Annual vaccination report of Bihar and Orissa - 1911-1928
Year: 1911
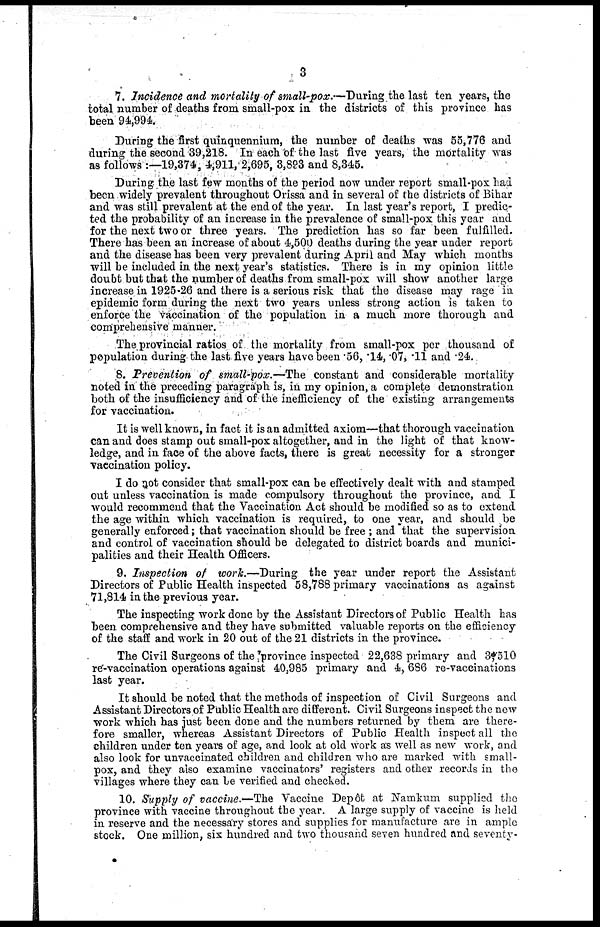
3
7. Incidence and mortality of small-pox.—During the last ten years, the
total number of deaths from small-pox in. the districts of this province has
been 94,994.
During the first quinquennium, the number of deaths was 55,776 and
during the second 39,218. In each of the last five years, the mortality was
as follows :—19,374, 4,911, 2,695, 3,893 and 8,345.
During the last few months of the period now under report small-pox had
been widely prevalent throughout Orissa and in several of the districts of Bihar
and was still prevalent at the end of the year. In last year's report, I predic-
ted the probability of an increase in the prevalence of small-pox this year and
for the next two or three years. The prediction has so far been fulfilled.
There has been an increase of about 4,500 deaths during the year under report
and the disease has been very prevalent during April and May which months
will be included in the next year's statistics. There is in my opinion little
doubt but that the number of deaths from small-pox will show another large
increase in 1925-26 and there is a serious risk that the disease may rage in
epidemic form during the next two years unless strong action is taken to
enforce the vaccination of the population in a much more thorough and
comprehensive manner.
The provincial ratios of the mortality from small-pox per thousand of
population during the last five years have been .56, .14, .07, .11 and .24.
8. Prevention of small-pox .—The constant and considerable mortality
noted in the preceding paragraph is, in my opinion, a complete demonstration
both of the insufficiency and of the inefficiency of the existing arrangements
for vaccination.
It is well known, in fact it is an admitted axiom—that thorough vaccination
can and does stamp out small-pox altogether, and in the light of that know-
ledge, and in face of the above facts, there is great necessity for a stronger
vaccination policy.
I do not consider that small-pox can be effectively dealt with and stamped
out unless vaccination is made compulsory throughout the province, and I
would recommend that the Vaccination Act should be modified so as to extend
the age within which vaccination is required, to one year, and should be
generally enforced; that vaccination should be free ; and that the supervision
and control of vaccination should be delegated to district boards and munici-
palities and their Health Officers.
9. Inspection of work.—During the year under report the Assistant
Directors of Public Health inspected 58,788 primary vaccinations as against
71,814 in the previous year.
The inspecting work done by the Assistant Directors of Public Health has
been comprehensive and they have submitted valuable reports on the efficiency
of the staff and work in 20 out of the 21 districts in the province.
The Civil Surgeons of the province inspected 22,638 primary and 3,510
re-vaccination operations against 40,985 primary and 4,686 re-vaccinations
last year.
It should be noted that the methods of inspection of Civil Surgeons and
Assistant Directors of Public Health are different. Civil Surgeons inspect the new
work which has just been done and the numbers returned by them are there-
fore smaller, whereas Assistant Directors of Public Health inspect all the
children under ten years of age, and look at old work as well as new work, and
also look for unvaccinated children and children who are marked with small-
pox, and they also examine vaccinators' registers and other records in the
villages where they can be verified and checked.
10. Supply of vaccine.—The Vaccine Depôt at Namkum supplied the
province with vaccine throughout the year. A large supply of vaccine is held
in reserve and the necessary stores and supplies for manufacture are in ample
stock. One million, six hundred and two thousand seven hundred and seventy-